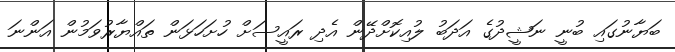
ބަޔާނުގައި ބުނީ ނަޝީދުގެ އަދަބު ލުއިކޮށްދޭން އެދި ރައީސަށް ހުށަހަޅަން ތައްޔާރުވަމުން އަންނަ